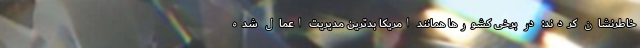
خاطرنشان کردند: در برخی کشورها همانند امریکا بدترین مدیریت اعمال شده